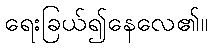
ရေးခြယ်၍နေလေ၏။